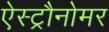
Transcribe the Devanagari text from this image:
ऐस्ट्रौनोमर